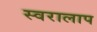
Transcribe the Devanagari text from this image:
स्वरालाप